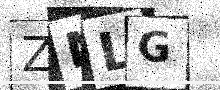
Text: ZMLG